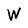
Character: W